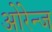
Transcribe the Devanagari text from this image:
ओरेन्ज